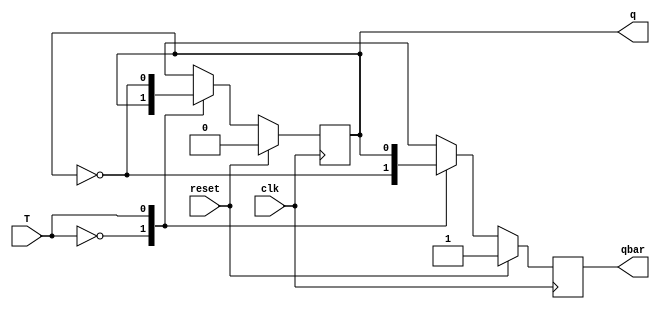
`timescale 1ns / 1ps
//////////////////////////////////////////////////////////////////////////////////
// Company: 
// Engineer: 
// 
// Design Name: 
// Module Name: T_flipflop
// Project Name: 
// Target Devices: 
// Tool Versions: 
// Description: 
// 
// Dependencies: 
// 
// Revision:
// Revision 0.01 - File Created
// Additional Comments:
// 
//////////////////////////////////////////////////////////////////////////////////


module T_flipflop(
input clk, reset, T,
output reg q,
output reg qbar
);

always@(posedge clk)
begin
if(reset)
begin
q <= 0;
qbar <= 1;
end
else
begin
 case(T)
     1'b0 : begin
            q <= q;
            qbar <= ~q;
            end
     1'b1 : begin
            q <= ~q;
            qbar <= q;
            end
 endcase
end
end
endmodule